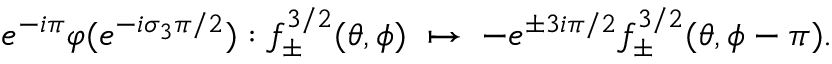
e ^ { - i \pi } \varphi ( e ^ { - i \sigma _ { 3 } \pi / 2 } ) : f _ { \pm } ^ { 3 / 2 } ( \theta , \phi ) \; \mapsto \; - e ^ { \pm 3 i \pi / 2 } f _ { \pm } ^ { 3 / 2 } ( \theta , \phi - \pi ) .